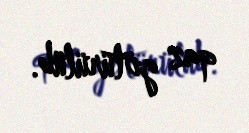
qaz götürülüb.